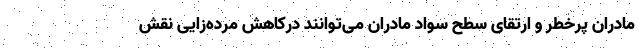
مادران پرخطر و ارتقای سطح سواد مادران می‌توانند درکاهش مرده‌زایی نقش